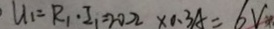
U _ { 1 } = R _ { 1 } \cdot I _ { 1 } = 2 0 \Omega \times 0 . 3 A = 6 V